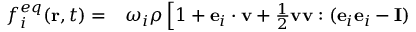
\begin{array} { r l } { f _ { i } ^ { e q } ( \mathbf { r } , t ) = } & { { } \omega _ { i } \rho \left[ 1 + \mathbf { e } _ { i } \cdot \mathbf { v } + \frac { 1 } { 2 } \mathbf { v } \mathbf { v } : ( \mathbf { e } _ { i } \mathbf { e } _ { i } - \mathbf { I } ) \right. } \end{array}